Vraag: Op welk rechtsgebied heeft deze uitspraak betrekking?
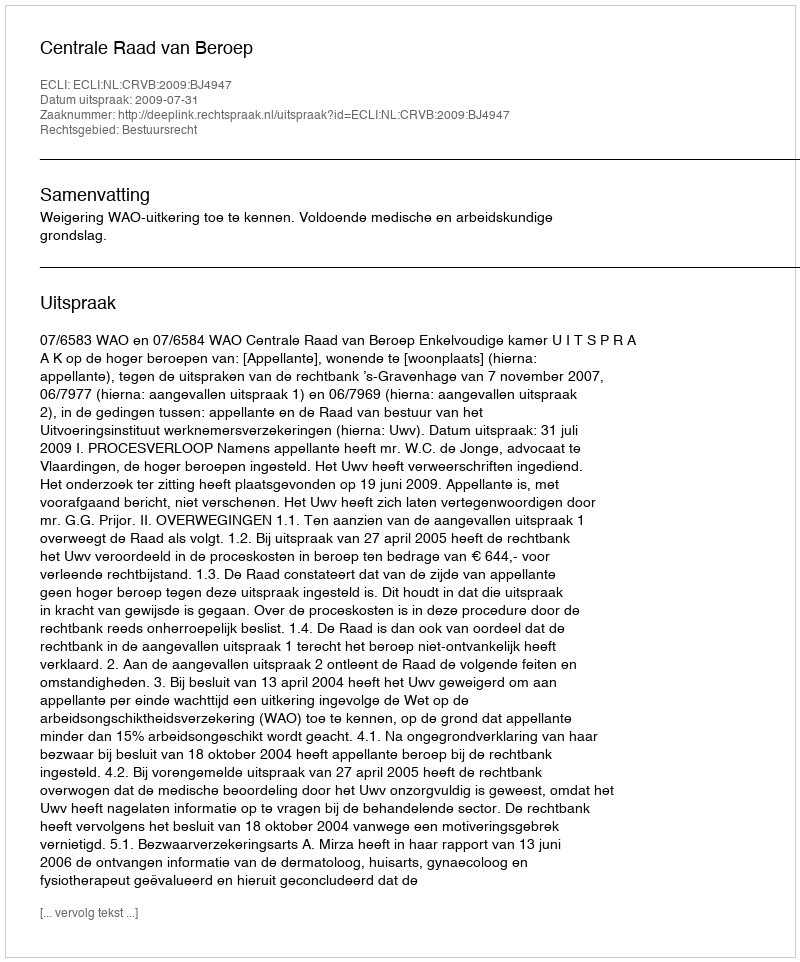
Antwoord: Bestuursrecht